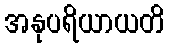
အနုပရိယာယတိ